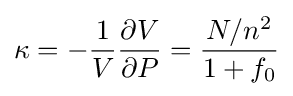
\kappa =-{\frac {1}{V}}{\frac {\partial V}{\partial P}}={\frac {N/n^{2}}{1+f_{0}}}